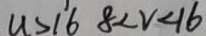
u > 1 6 8 < v < 1 6